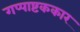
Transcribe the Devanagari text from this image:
गप्पाष्टककार